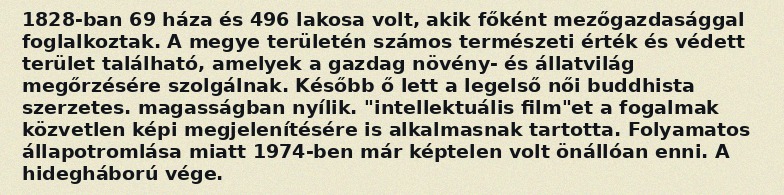
1828-ban 69 háza és 496 lakosa volt, akik főként mezőgazdasággal foglalkoztak. A megye területén számos természeti érték és védett terület található, amelyek a gazdag növény- és állatvilág megőrzésére szolgálnak. Később ő lett a legelső női buddhista szerzetes. magasságban nyílik. "intellektuális film"et a fogalmak közvetlen képi megjelenítésére is alkalmasnak tartotta. Folyamatos állapotromlása miatt 1974-ben már képtelen volt önállóan enni. A hidegháború vége.